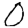
Digit: 0